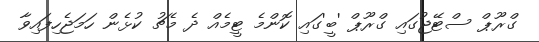
ގްރޫޕް ސްޓޭޖުގައި ގްރޫޕް 'ބީ'ގައި ކޮންމެ ޓީމެއް ދެ މެޗު ކުޅެން ހަމަޖެހިފައިވާ